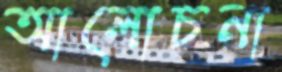
আলোচনা